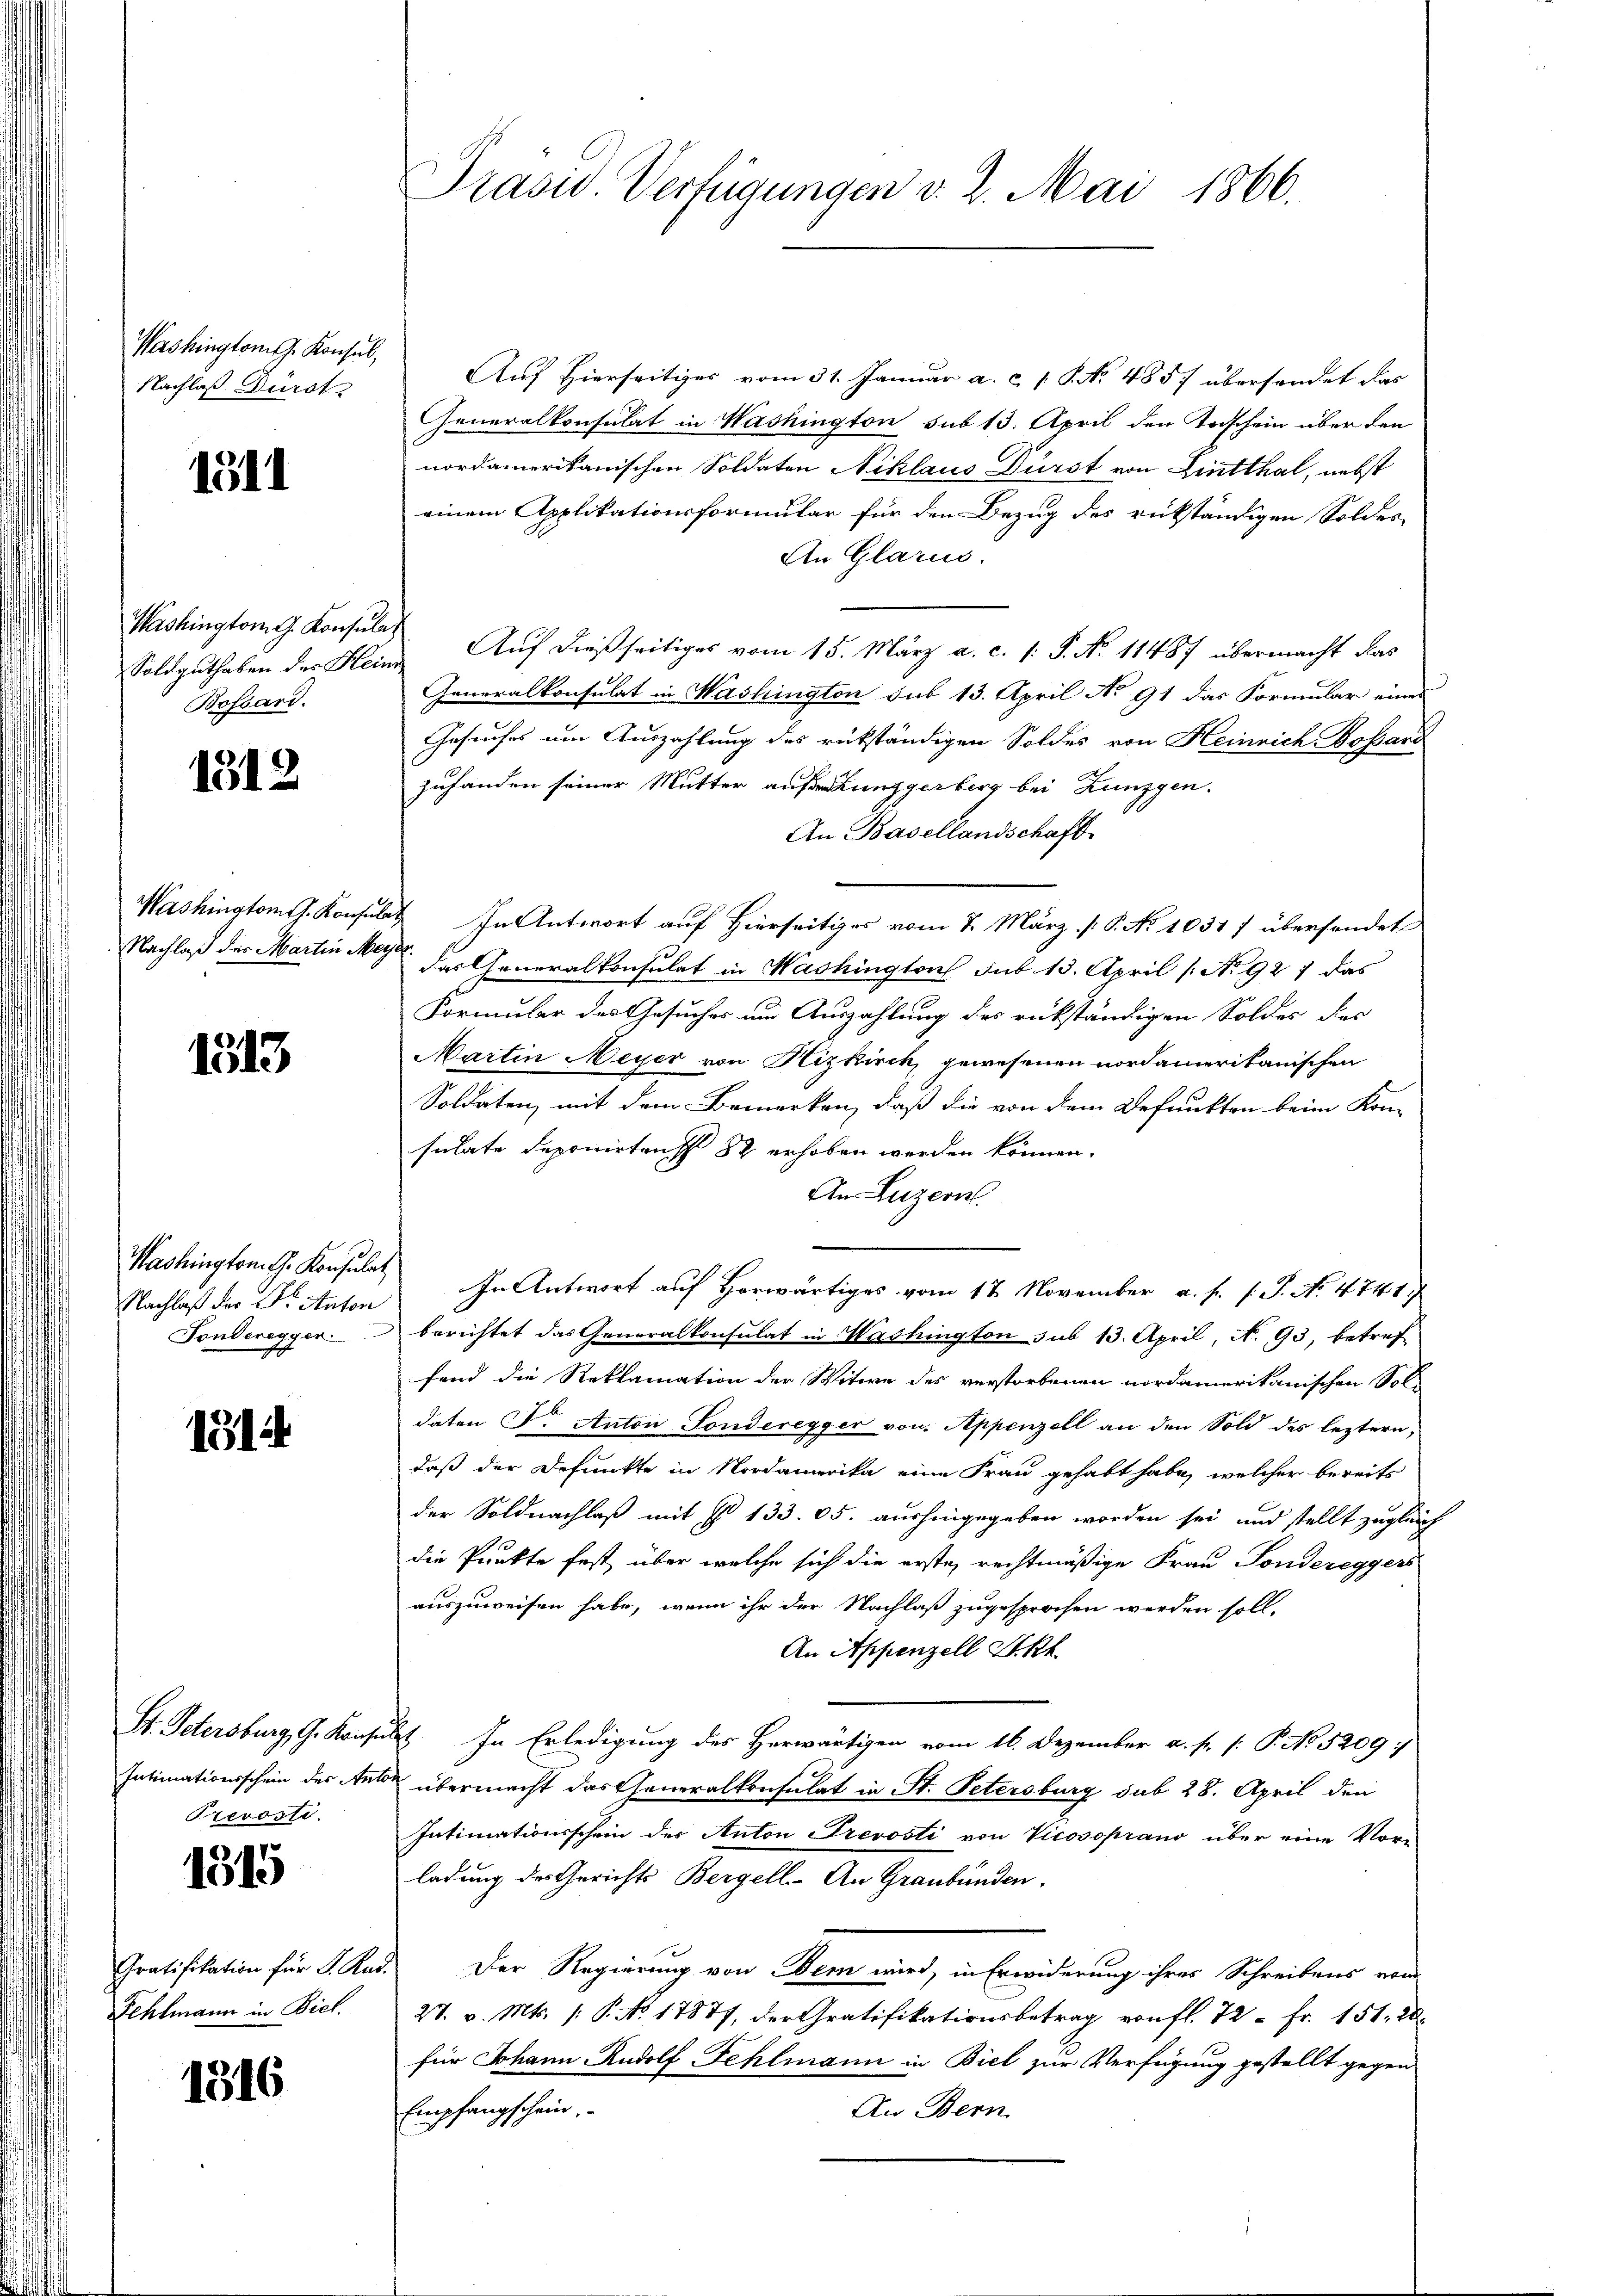
Washington G. Konsul,
Nachlaß Dürst

1511

Washington G. Konsulat
Bossard.

1812

1513

Washington Sr. Konsulat

1814

Prevoste.

1515

Gratifikation für K. A.
Fehlmann in Viel.

1316

Präsid. Verfügungen v. 2. Mai 1866.

Auf Hierseitiges vom 31. Januar a. c. s. S. No 485) übersendet das
Generalkonsulat in Washington sub 13. April den Todschein über den
nordamerikanischen Soldaten Niklaus Dürst von Lintthal, nebst
einem Applikationsformular für den Bezug des rükständigen Soldes
An Glarus.
Soldguthaben der Heim Auf dießseitiges vom 15. März a. c. s. S. No. 11487 übermacht das
Generalkonsulat in Washington sub 13. April No 91 das Formular eines
Gesuches um Auszahlung des rükständigen Soldes von Heinrich Bossard
zuhanden seiner Mutter außerunggerberg bei Kunzgen.
An Basellandschaft
Washingtons. Konsulat In Antwort auf Hierseitiges vom 7. März [P. No 1031 / übersendet
Nachlaß der Martin et der Generalkonsulat in Mashington sub 15. April [No 927 das
Formular des Gesuches um Auszahlung des rückständigen Soldes der
Martin Meyer von Hizkirch, gewesenen nordamerikanischen
Soldaten, mit dem Bemerken, daß die von dem Befunkten beim Kon-
sulate deponirtens 82 erhoben werden können.
An Luzern.
Nachlaß der Dr. Anton In Antwort auf Horwärtiges vom 17. November a. f. s. S. No. 4741)
Fonderegger.  berichtet das Generalkonsulat in Washington sub 13. April, N. 93, betref
fend die Reklamation der Witwe des verstorbenen nordamerikanischen Sol-
daten Dr. Anton Fonderegger von Appenzell an den Sold des leztern,
daß der Befunkte in Nordamerika eine Frau gehabt habe, welcher bereits
der Soldnachlaß mit I 133. 65. aushingegeben worden sei und stellt zugleich
die Punkte fest, über welche sich die erste, rechtmäßige Frau Fondereggers
auszuweisen habe, wenn ihr der Nachlaß zugesprochen werden soll-
An Appenzell Stk.
St. Petersburg, G. Konsulst. In Erledigung des Herwärtigen vom 16. Dezember a. f. 1. P. No. 5209:
Intimationsschein des Antor übermacht das Generalkonsulat in St. Petersburg sub 28. April den
Intimationsschein des Anton Prevosti von Vicosoprano über eine Vorladung des Gerichts Bergell- An Graubünden.
u. Der Regierung von Dem wird, in Erwiderung ihres Schreibens von
27. v. Mts. (: P. No. 1787, der Gratifikationsbetrag von fl. 72 - Fr. 151. 20
für Johann Rudolf Fehlmann in Biel zur Verfügung gestellt gegen
An Bern
Empfangschein.